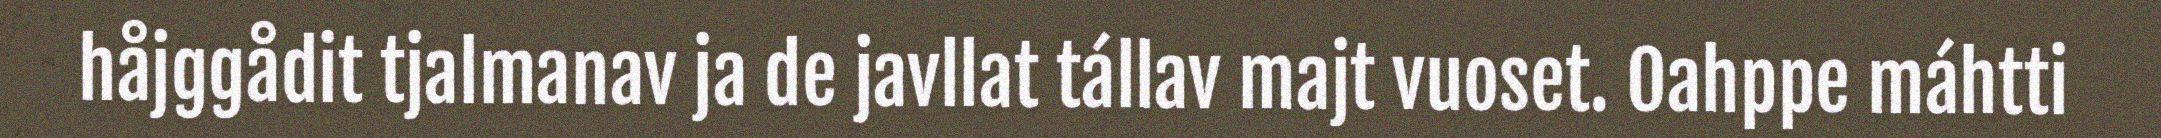
håjggådit tjalmanav ja de javllat tállav majt vuoset. Oahppe máhtti